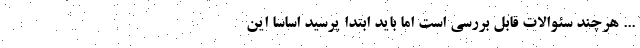
... هرچند سئوالات قابل بررسی است اما باید ابتدا پرسید اساساً این